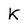
Character: k